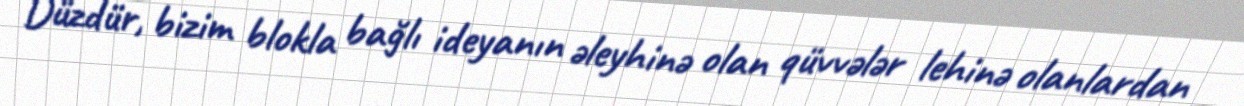
Düzdür, bizim blokla bağlı ideyanın əleyhinə olan qüvvələr lehinə olanlardan